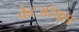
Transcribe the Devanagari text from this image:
कैटअरैक्स